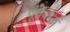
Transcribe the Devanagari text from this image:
पूर्वेकडं